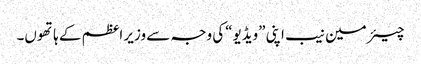
چیئر مین نیب اپنی ”ویڈیو“کی وجہ سے وزیر اعظم کے ہاتھوں۔